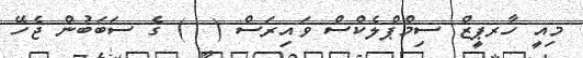
މިއީ ހާރޕީޒް ސިމްޕްލެކްސް ވައިރަސް (  ) ގެ ސަބަބުން ޖެހޭ